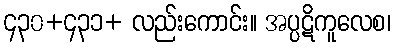
၄၃၀+၄၃၁+ လည်းကောင်း။ အပ္ပဋိကူလေစ၊